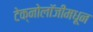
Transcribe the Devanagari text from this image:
टेक्नोलॉजीमधून